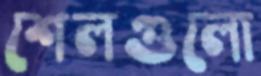
শেলগুলো